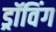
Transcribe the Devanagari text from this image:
ड्रॉविंग